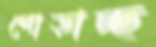
পোড়াচ্ছ